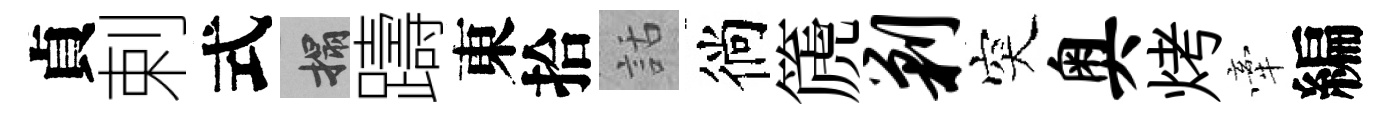
貞剌式搨躊東拾話徜篪剿突奥烤牽編